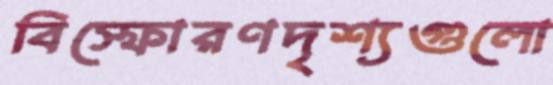
বিস্ফোরণদৃশ্যগুলো